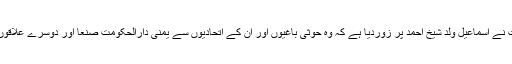
صدر منصورہادی کی حکومت نے اسماعیل ولد شیخ احمد پر زوردیا ہے کہ وہ حوثی باغیوں اور ان کے اتحادیوں سے یمنی دارالحکومت صنعا اور دوسرے علاقوں سے انخلاء کا پختہ وعدہ لیں۔